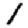
Digit: 1